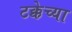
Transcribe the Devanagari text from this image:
टक्केच्या